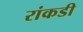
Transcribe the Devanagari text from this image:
रांकडी